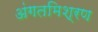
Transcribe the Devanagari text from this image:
अंगतमिश्रण